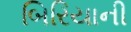
બિરિયાની